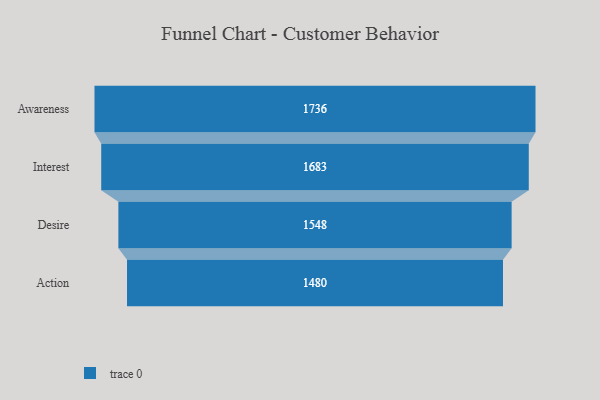
{"axis": {"x": "Stage", "y": "Value"}, "legend": [""], "data": [{"x": "Awareness", "y": 1736.0, "type": ""}, {"x": "Interest", "y": 1683.0, "type": ""}, {"x": "Desire", "y": 1548.0, "type": ""}, {"x": "Action", "y": 1480.0, "type": ""}]}